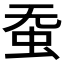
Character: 𱿛